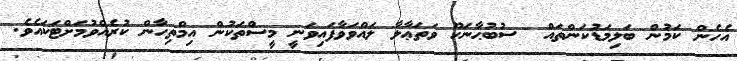
އެހެން ކަމުން ބަލިމަޑުކަންތައް  ސުބުޙާނަހޫ ވަތަޢާލާ ލައްވަވާފައިވަނީ މީސްތަކުން އިމްތިހާން ކުރެއްވުމަށްޓަކައެވެ.